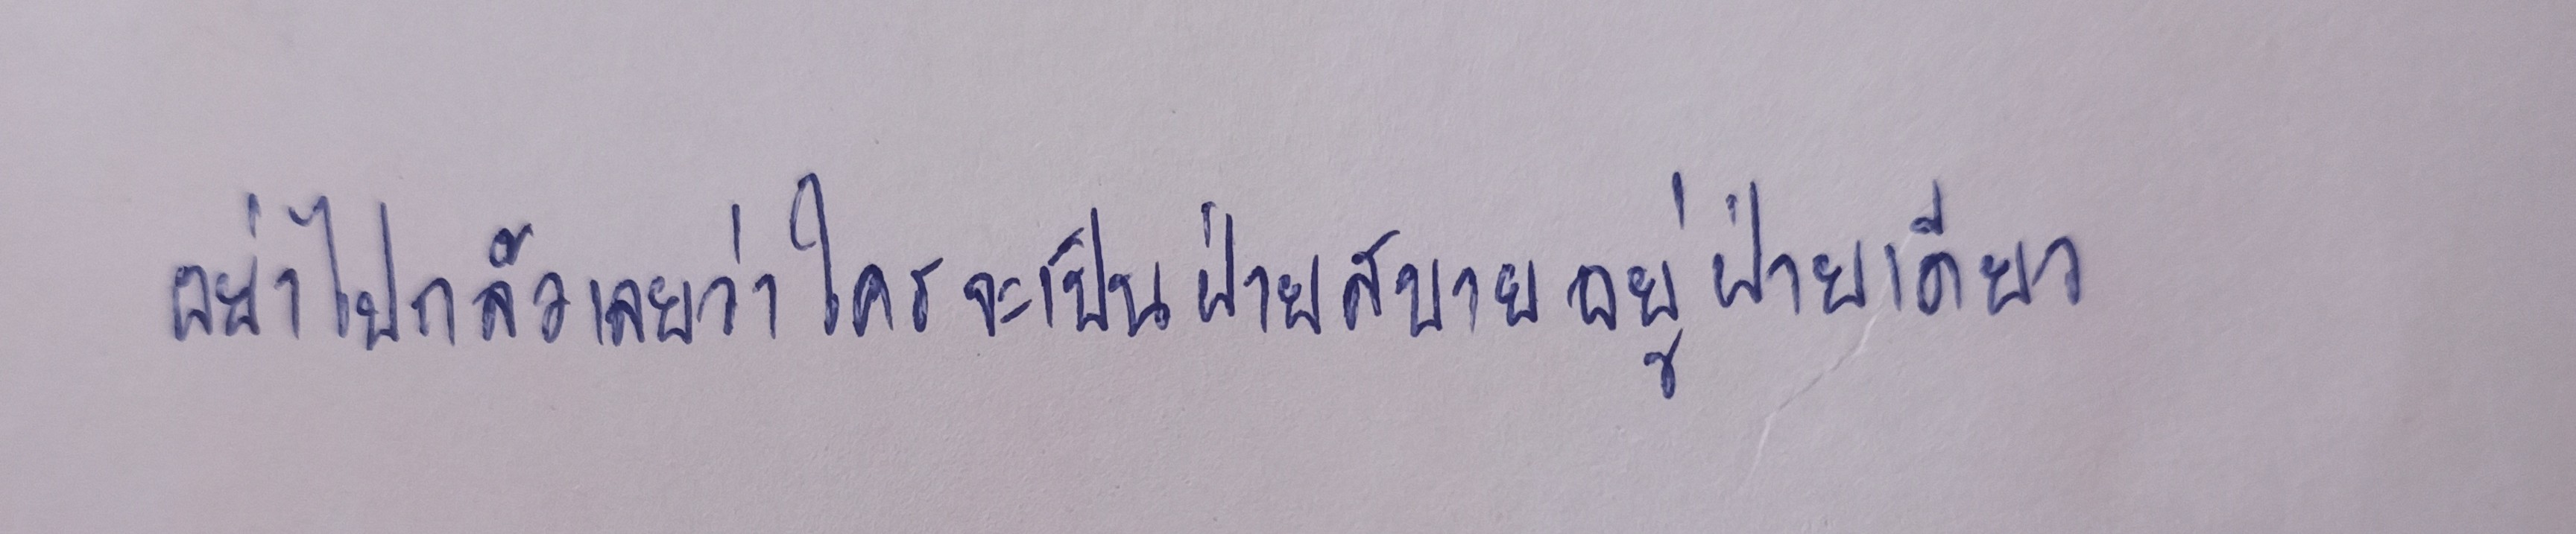
อย่าไปกลัวเลยว่าใครจะเป็นฝ่ายสบายอยู่ฝ่ายเดียว"